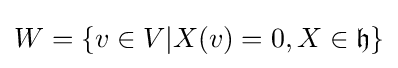
W=\{v\in V|X(v)=0,X\in {\mathfrak {h}}\}